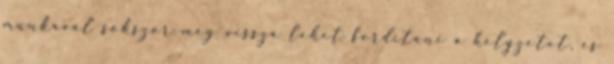
munkával sokszor még vissza lehet fordítani a helyzetet, és